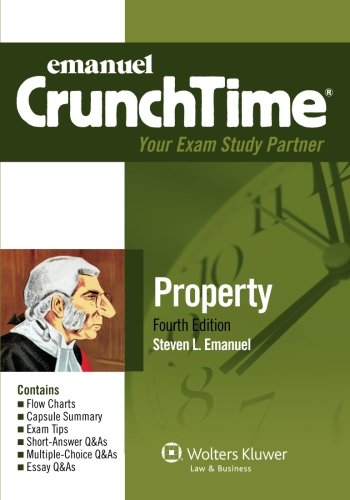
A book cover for CrunchTime: Property, Fourth Edition (Crunchtime(r)); Steven L. Emanuel; Business & Money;